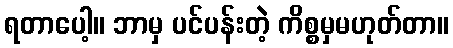
ရတာပေါ့။ ဘာမှ ပင်ပန်းတဲ့ ကိစ္စမှမဟုတ်တာ။